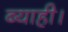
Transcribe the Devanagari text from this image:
ब्याही।